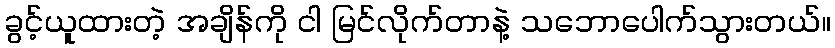
ခွင့်ယူထားတဲ့ အချိန်ကို ငါ မြင်လိုက်တာနဲ့ သဘောပေါက်သွားတယ်။